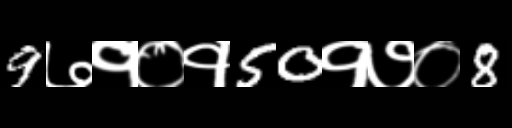
Text: 9७१०१50१७०8